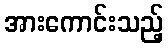
အားကောင်းသည့်